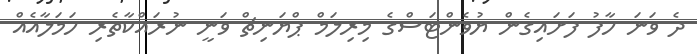
ދެ ވަނަ ހާފު ފަށައިގެން ޔުވެންޓަސްގެ މިރިލަމް ޕްޔަނިޗް ވަނީ ނުރައްކާތެރި ހަމަލާއެއް